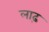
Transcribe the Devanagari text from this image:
लाढ़